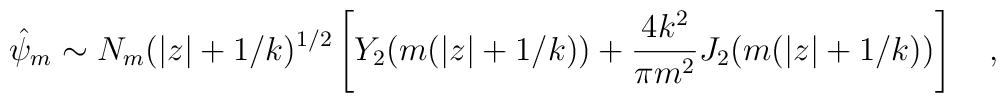
\hat{\psi}_m \sim N_m(|z|+1/k)^{1/2}\left  [Y_2(m  (|z|+1/k))  +  {4 k^2 \over \pi m^2}J_2(m  (|z|+1/k)) \right ] \quad ,